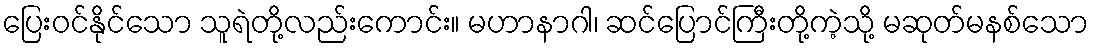
ပြေးဝင်နိုင်သော သူရဲတို့လည်းကောင်း။ မဟာနာဂါ၊ ဆင်ပြောင်ကြီးတို့ကဲ့သို့ မဆုတ်မနစ်သော